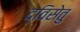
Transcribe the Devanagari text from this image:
द्विसेतु